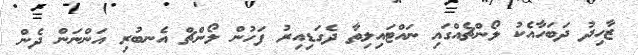
ޒާހިދު ދަބަހާއެކު ލޯންޗެއްގައި ނައްޓައިލިތާ ދެގަޑިއިރު ފަހުން ލޯންޗް އެނބުރި އަންނަން ދެން